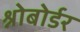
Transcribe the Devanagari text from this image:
श्नोबोर्डर